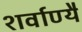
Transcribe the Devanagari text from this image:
शर्वाण्यै